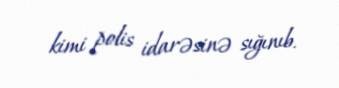
kimi polis idarəsinə sığınıb.